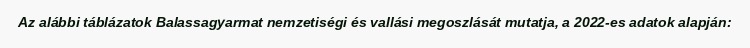
Az alábbi táblázatok Balassagyarmat nemzetiségi és vallási megoszlását mutatja, a 2022-es adatok alapján: